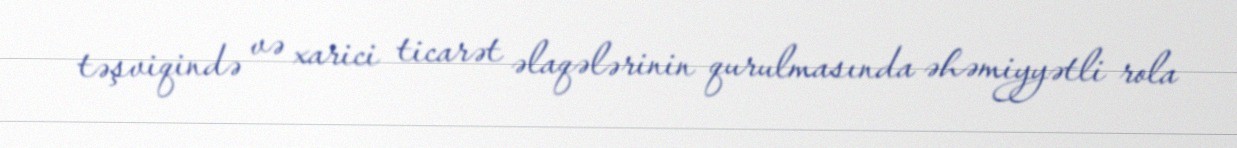
təşviqində və xarici ticarət əlaqələrinin qurulmasında əhəmiyyətli rola